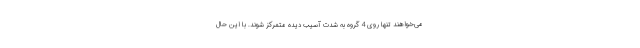
می‌خواهند تنها روی 4 گروه به شدت آسیب دیده متمرکز شوند. با این حال